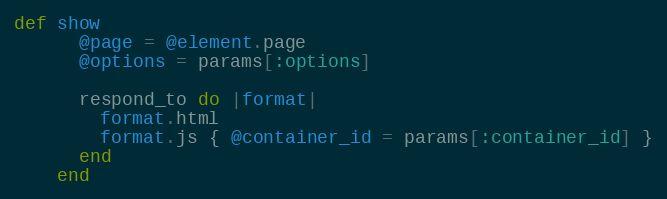
Language: Ruby
def show
      @page = @element.page
      @options = params[:options]

      respond_to do |format|
        format.html
        format.js { @container_id = params[:container_id] }
      end
    end